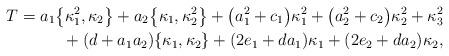
LaTeX: \begin{align*} T=a_1\big\{\kappa_1^2,\kappa_2\big\}+a_2\big\{\kappa_1,\kappa_2^2\big\}+\big(a_1^2+c_1\big)\kappa_1^2+\big(a_2^2+c_2\big)\kappa_2^2+\kappa_3^2 \\\hphantom{T=}{} +(d+a_1a_2) \{\kappa_1,\kappa_2\}+(2e_1+da_1) \kappa_1+(2e_2+da_2) \kappa_2,\end{align*}